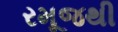
રમૂજથી